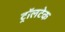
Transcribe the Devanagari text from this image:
ट्रॉलटेक